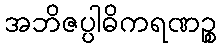
အဘိဇပ္ပါဓိကရဏဉ္စ